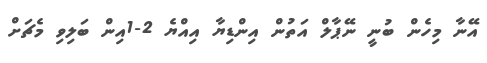
އޭނާ މިހެން ބުނީ ނޭޕާލް އަތުން އިންޑިޔާ އިއްޔެ 2-1އިން ބަލިވި މެޗަށް